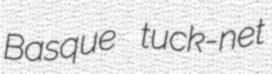
Basque tuck-net